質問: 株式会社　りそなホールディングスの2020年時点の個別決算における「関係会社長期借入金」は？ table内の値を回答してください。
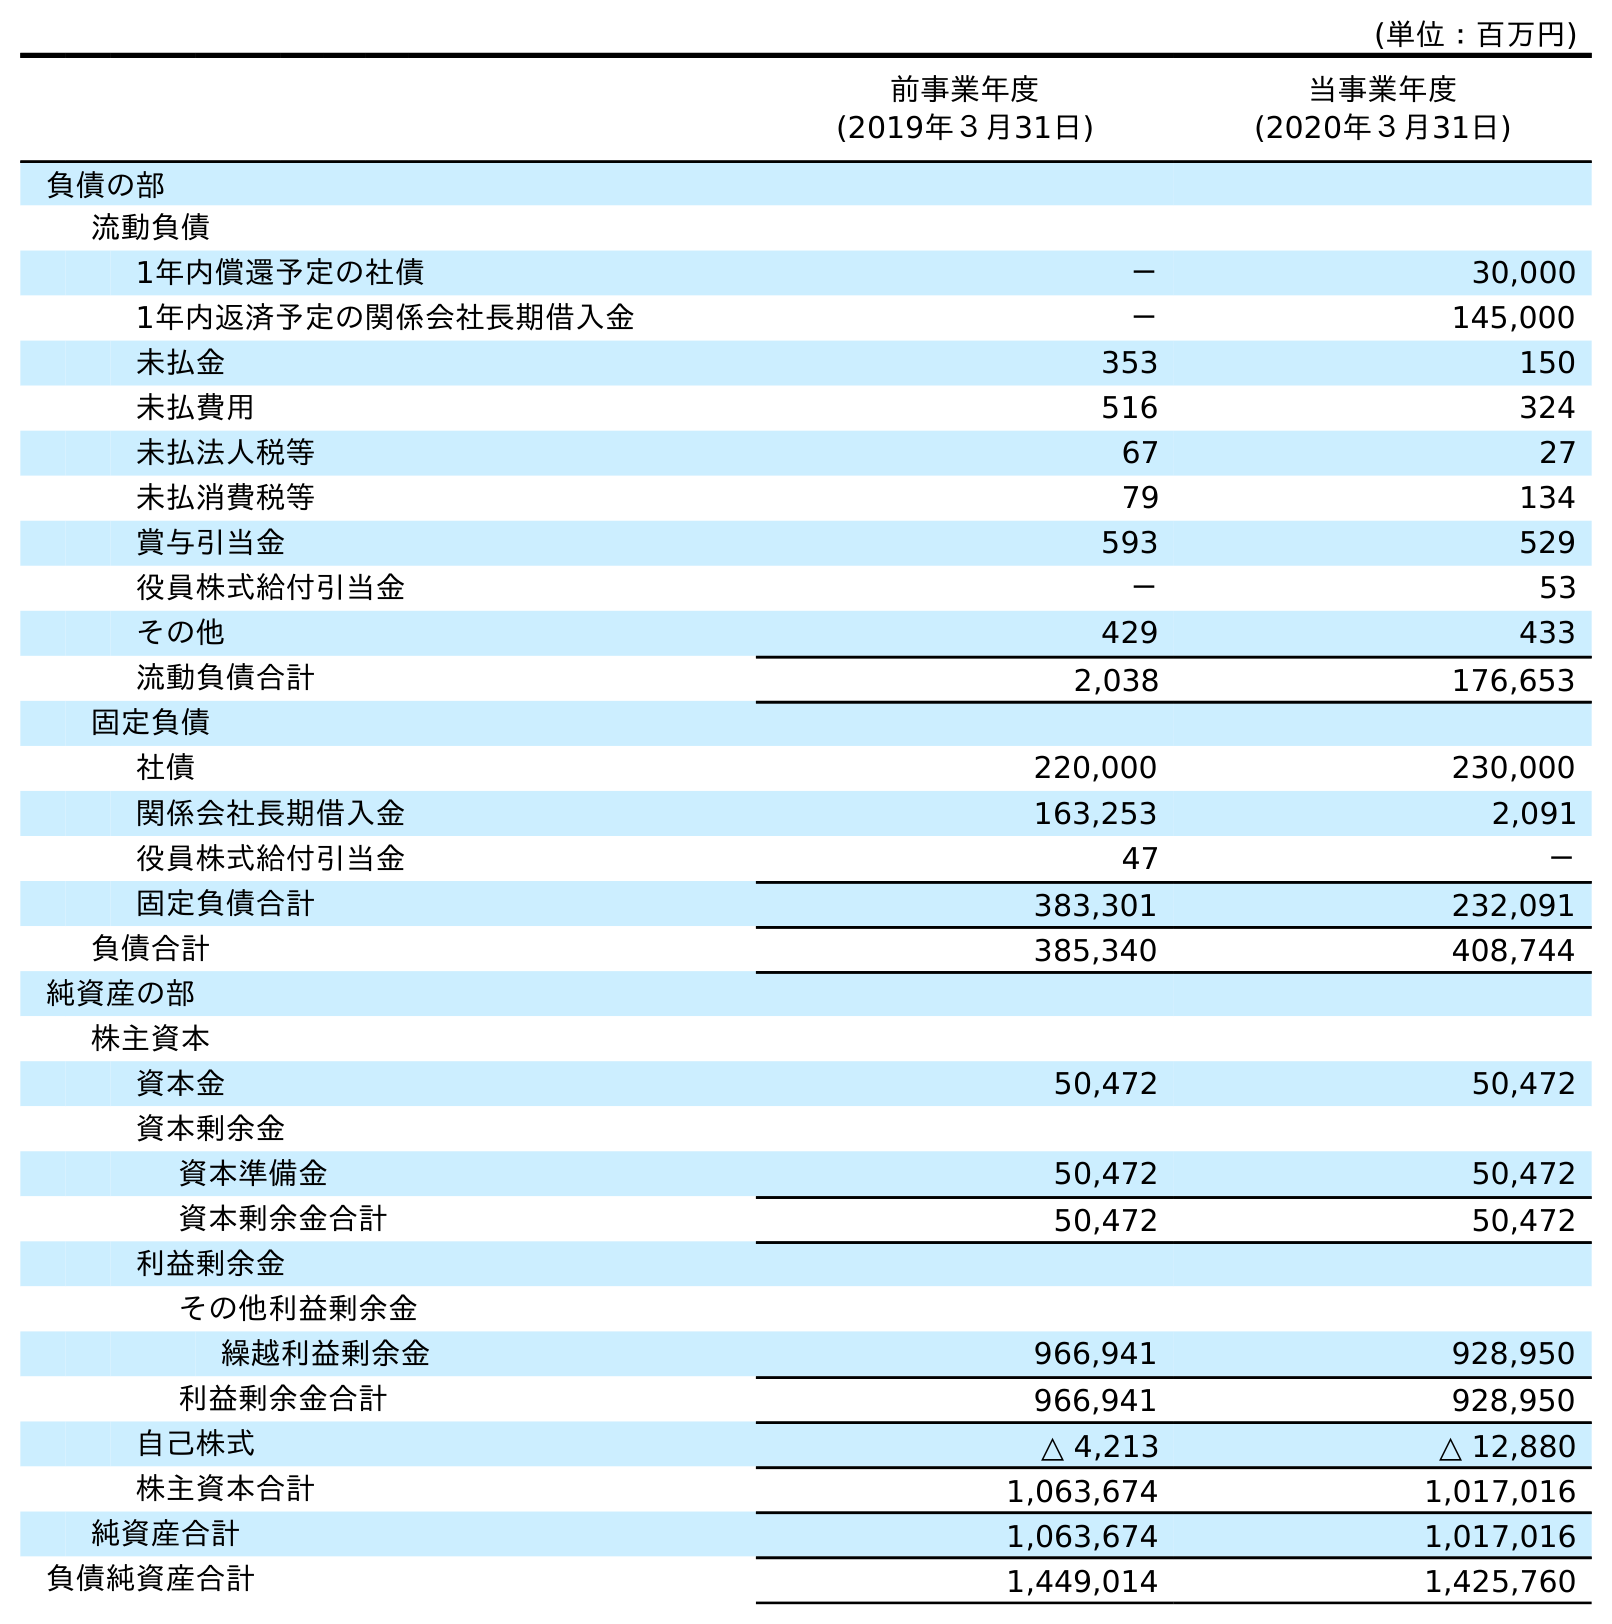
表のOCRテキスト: (単位：百万円) 前事業年度 (2019年３月31日) 当事業年度 (2020年３月31日) 負債の部 流動負債 1年内償還予定の社債 － 30,000 1年内返済予定の関係会社長期借入金 － 145,000 未払金 353 150 未払費用 516 324 未払法人税等 67 27 未払消費税等 79 134 賞与引当金 593 529 役員株式給付引当金 － 53 その他 429 433 流動負債合計 2,038 176,653 固定負債 社債 220,000 230,000 関係会社長期借入金 163,253 2,091 役員株式給付引当金 47 － 固定負債合計 383,301 232,091 負債合計 385,340 408,744 純資産の部 株主資本 資本金 50,472 50,472 資本剰余金 資本準備金 50,472 50,472 資本剰余金合計 50,472 50,472 利益剰余金 その他利益剰余金 繰越利益剰余金 966,941 928,950 利益剰余金合計 966,941 928,950 自己株式 △ 4,213 △ 12,880 株主資本合計 1,063,674 1,017,016 純資産合計 1,063,674 1,017,016 負債純資産合計 1,449,014 1,425,760
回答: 2,091